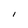
Character: l